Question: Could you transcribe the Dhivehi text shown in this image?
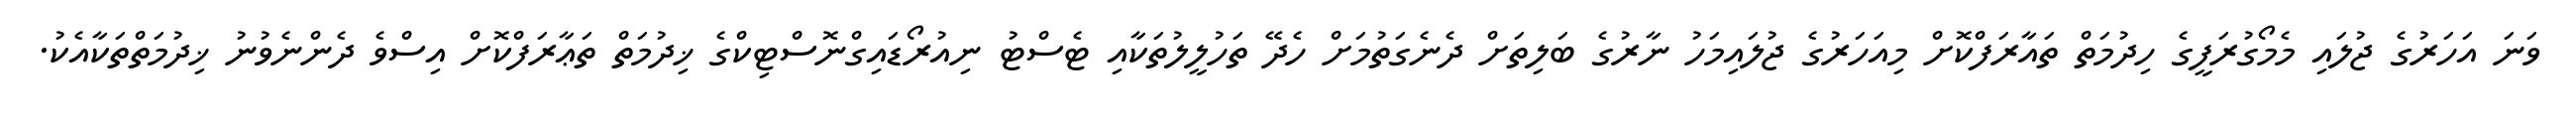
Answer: ވަނަ އަހަރުގެ ޖުލައި މެމޯގުރަފީގެ ހިދުމަތް ތައާރަފްކޮށް މިއަހަރުގެ ޖުލައިމަހު ނާރުގެ ބަލިތަށް ދެނެގަތުމަށް ހެދޭ ތަހުލީލުތަކާއި ޓެސްޓު ނިއުރޯޑައިގްނޮސްޓިކްގެ ޚިދުމަތް ތަޢާރަފްކޮށް އިސްވެ ދެންނެވުނު ޚިދުމަތްތަކާއެކު.